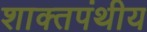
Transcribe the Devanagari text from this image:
शाक्तपंथीय